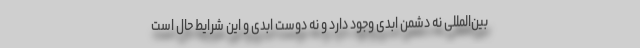
بین‌المللی نه دشمن ابدی وجود دارد و نه دوست ابدی و این شرایط حال است